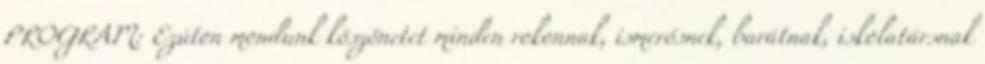
PROGRAM: Ezúton mondunk köszönetet minden rokonnak, ismerősnek, barátnak, iskolatársnak